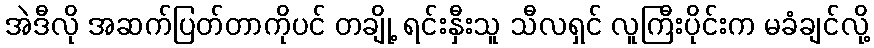
အဲဒီလို အဆက်ပြတ်တာကိုပင် တချို့ ရင်းနှီးသူ သီလရှင် လူကြီးပိုင်းက မခံချင်လို့